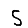
Digit: 5